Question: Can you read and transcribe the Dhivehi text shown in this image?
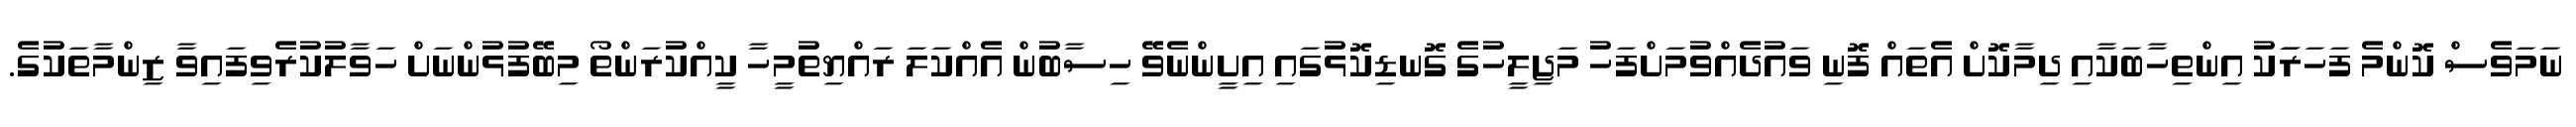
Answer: ނަމަވެސް ކޮންމެ ފަހަރަަކު އިންތިހާބަކާއި ދިމާކޮށް އެތައް ފޮނި ވައުދެއްވުމަށްފަހު މަޖިލީހުގެ ގޮނޑިކޮޅުގައި އިށީންނެވޭ ހިސާބުން އެއްކަލަ ރައްޔިތުމީހާ ކީއްކުރަންތޯ މިބޭފުޅުންނަށް ހަވާލުކުރެވިފައިވާ ޒިންމާތަކުގެ.